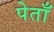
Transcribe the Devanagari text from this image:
पेताँ